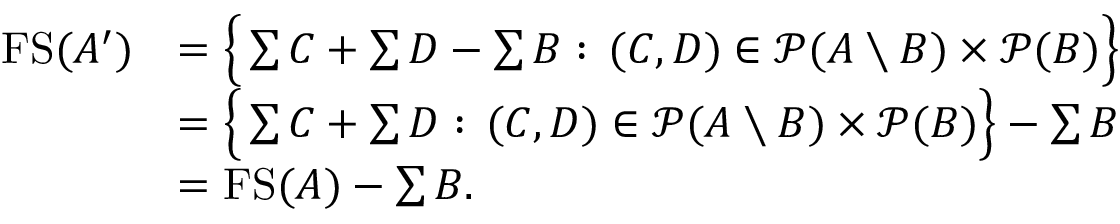
\begin{array} { r l } { \ensuremath { \operatorname { F S } } ( A ^ { \prime } ) } & { = \Big \{ \sum C + \sum D - \sum B : \, ( C , D ) \in \ensuremath { \mathcal P } ( A \setminus B ) \times \ensuremath { \mathcal P } ( B ) \Big \} } \\ & { = \Big \{ \sum C + \sum D : \, ( C , D ) \in \ensuremath { \mathcal P } ( A \setminus B ) \times \ensuremath { \mathcal P } ( B ) \Big \} - \sum B } \\ & { = \ensuremath { \operatorname { F S } } ( A ) - \sum B . } \end{array}